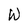
Character: w